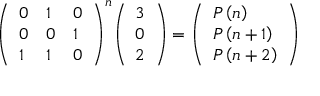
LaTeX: { \left( \begin{array} { l l l } { 0 } & { 1 } & { 0 } \\ { 0 } & { 0 } & { 1 } \\ { 1 } & { 1 } & { 0 } \end{array} \right) } ^ { n } { \left( \begin{array} { l } { 3 } \\ { 0 } \\ { 2 } \end{array} \right) } = { \left( \begin{array} { l } { P \left( n \right) } \\ { P \left( n + 1 \right) } \\ { P \left( n + 2 \right) } \end{array} \right) }